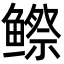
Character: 𬶭